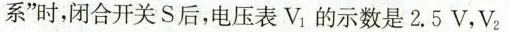
系”时，闭合开关S后，电压表 V_{1} }的示数是2.5V，V_{2}